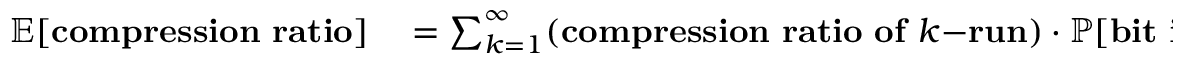
\begin{array} { r l } { \mathbb { E } [ \mathbf { c o m p r e s s i o n ~ r a t i o } ] } & { { } = \sum _ { k = 1 } ^ { \infty } ( \mathbf { c o m p r e s s i o n ~ r a t i o ~ o f ~ } k \mathbf { - r u n } ) \cdot \mathbb { P } [ \mathbf { b i t ~ i s ~ p a r t ~ o f ~ } k \mathbf { - r u n } ] } \end{array}